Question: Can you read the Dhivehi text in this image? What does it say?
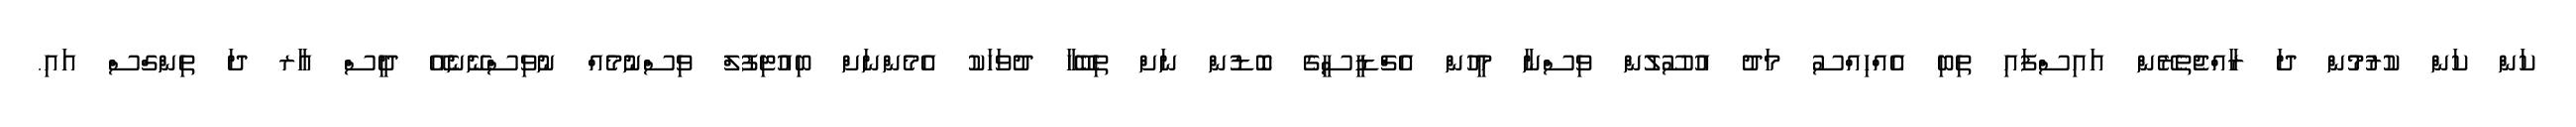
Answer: ކަން ކަން ކުރުމުން ދަ ރާއްޖެތެރޭން އައިސްފައި ތިބި އެއްހިއްސު މަދު އުސޫލުން ވިސްނާ މީހުން އެޗްޑީސީގެ ބޮޑުން ނަށް ތިބޭހާ ދުވަހަކު އެމެންނަށް ބިއުޓިފުލް ވިސްނުމެއް ނުވިސްނޭނެއޭ ދީސް އާރ ދަ ތިންގްސް އައި.